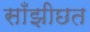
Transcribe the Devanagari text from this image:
साँझीछत